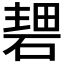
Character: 𥔏